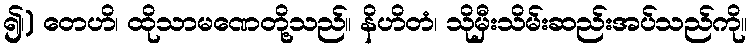
၍၊) တေဟိ၊ ထိုသာမဏေတို့သည်။ နိဟိတံ၊ သိုမှီးသိမ်းဆည်းအပ်သည်ကို။